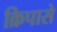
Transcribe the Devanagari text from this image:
क्रिपासे